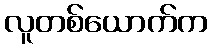
လူတစ်ယောက်က